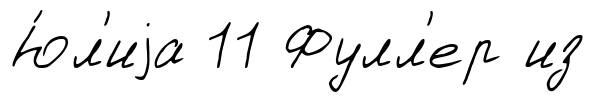
Ю́л'иjа 11 Фулл'ер из